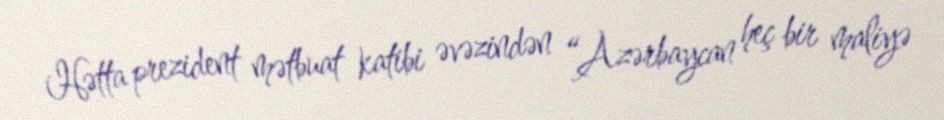
Hətta prezident mətbuat katibi əvəzindən “Azərbaycan heç bir maliyə